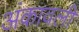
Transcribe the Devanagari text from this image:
अंकावली